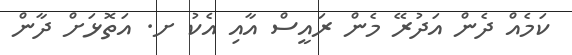
ކަމެއް ދެން އަދުރޭ މެން ރައީސް އާއި އެކު ށ. އަތޮޅަށް ދާން